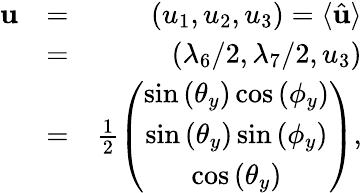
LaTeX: \begin{array}{rlr}{{\mathbf u}}&{=}&{(u_{1},u_{2},u_{3})=\langle\hat{\mathbf u}\rangle}\\ &{=}&{(\lambda_{6}/2,\lambda_{7}/2,u_{3})}\\ &{=}&{\frac{1}{2}\left(\begin{array}{c}{\sin\left(\theta_{y}\right)\cos\left(\phi_{y}\right)}\\ {\sin\left(\theta_{y}\right)\sin\left(\phi_{y}\right)}\\ {\cos\left(\theta_{y}\right)}\end{array}\right),}\end{array}